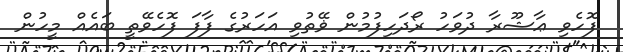
ފޮހެވި ޢާޝޫރާ ދުވަހު ރޯދަހިފުމުން ޥޭތުވި އަހަރުގެ ފާފަ ފޮހެވޭތީ ބައެއް މީހުން